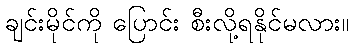
ချင်းမိုင်ကို ပြောင်း စီးလို့ရနိုင်မလား။